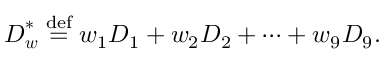
\boldsymbol { D } _ { \boldsymbol { w } } ^ { * } \stackrel { \mathrm { d e f } } { = } w _ { 1 } \boldsymbol { D } _ { 1 } + w _ { 2 } \boldsymbol { D } _ { 2 } + \cdots + w _ { 9 } \boldsymbol { D } _ { 9 } .